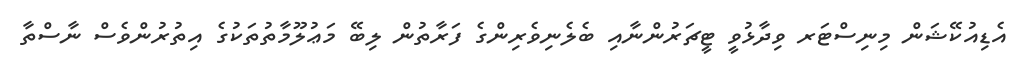
އެޑިއުކޭޝަން މިނިސްޓަރ ވިދާޅުވީ ޓީޗަރުންނާއި ބެލެނިވެރިންގެ ފަރާތުން ލިބޭ މަޢުލޫމާތުތަކުގެ އިތުރުންވެސް ނާސްތާ